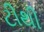
ટીથી